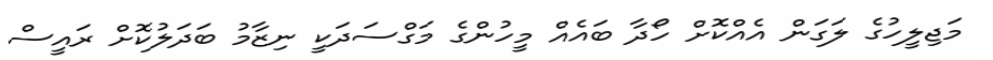
މަޖިލީހުގެ ލަގަން އެއްކޮށް ހޯދާ ބައެއް މީހުންގެ މަގްސަދަކީ ނިޒާމު ބަދަލުކޮށް ރައީސް